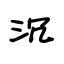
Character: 沉